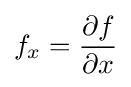
f_{x}={\frac {\partial f}{\partial x}}